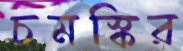
চমস্কির